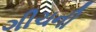
ગીચની